Kaarli_hariduselts_Sade, lk 6
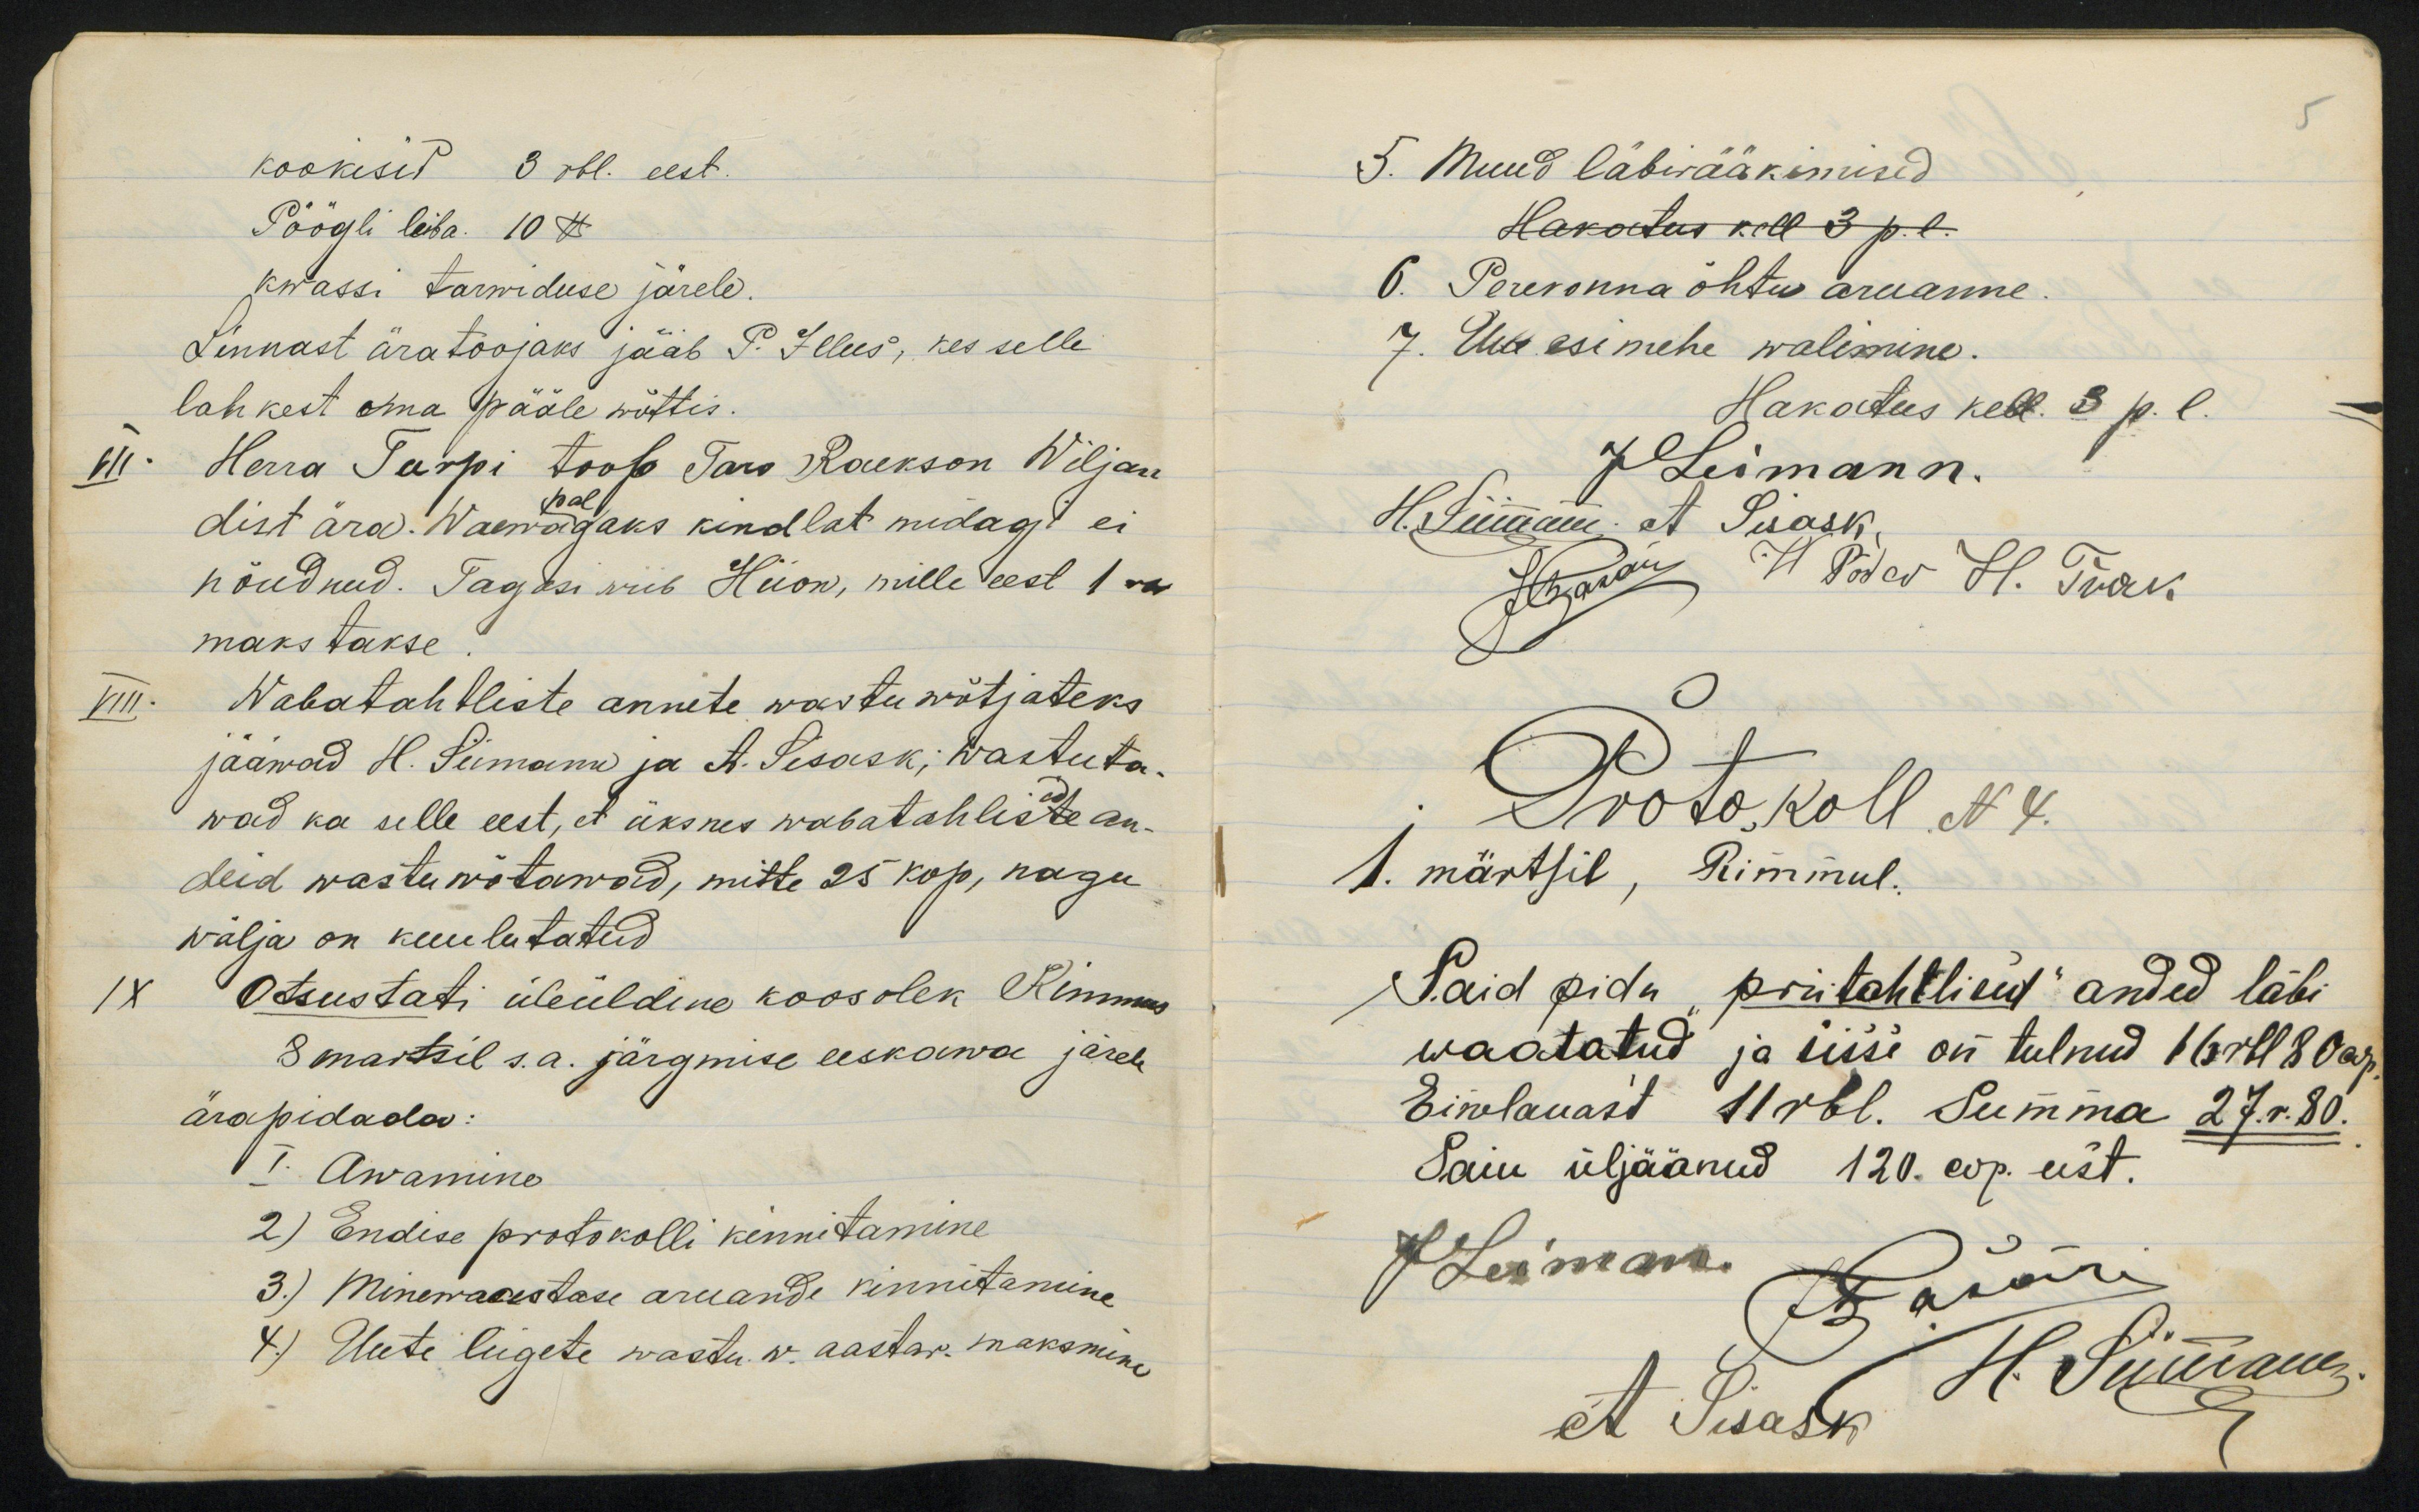
kookisid 3 rbl. eest.
Pöögli leiba 10 lb
kwassi tarwiduse järele.
Linnast äratoojaks jääb P. Illus, kes selle
lahkest oma pääle wõttis.
VII. Herra Turpi toob Taro Raekson Wiljan
pal
dist ära. Waewagaks kindlat midagi ei
nõudnud. Tagasi viib Hiion, mille eest 1 rbl
makstakse.
VIII. Wabatahtliste annete wastuwõtjateks
jääwad H. Seimann ja A. Sisask; wastuta-
wad ka selle eest, et üksnes wabatahliste an-
deid wastuwõtawad, mitte 25 kop, nagu
wälja on kuulutatud
IX Otsustati üleüldine koosolek Rimmas
8 martsil s.a. järgmise eeskawa järele
ärapidada:
1. Awamine
2) Endise protokolli kinnitamine
3.) Minewaastase aruande kinnitamine
4.) Uute liigete wastuw. aastar. maksmine

5. Muud läbirääkimisedHakatus roll 8 p-l.6. Perevonna õhtu aruanne7. Üee esimehe walemine.Hakatus kell. 8 p.l.Lootokoll N8.4. märtsil, Rimmul.Said pida priitahtlised" anded läbiwaatatud ja usse on tulnud 1 6rll 20 arEimelauast 11 r6l. Summa 27.r.80.Saiu üljäänud 120. eop. eist.